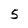
Character: 5